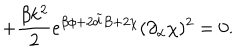
+ \frac { \beta k ^ { 2 } } { 2 } e ^ { \beta \phi + 2 { \tilde { d } } B + 2 \chi } ( \partial _ { \alpha } \chi ) ^ { 2 } = 0 .